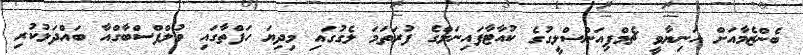
ބެންޒެމާއަށް އަނިޔާވީ ޗެމްޕިއަންސްލީގުގެ ކުއާޓާފައިނަލްގެ ފުރަތަމަ ލެގުގައި މިދިޔަ ހަފްތާގައި ވުލްފްސްބާގްއާ ބައްދަލުކުރި